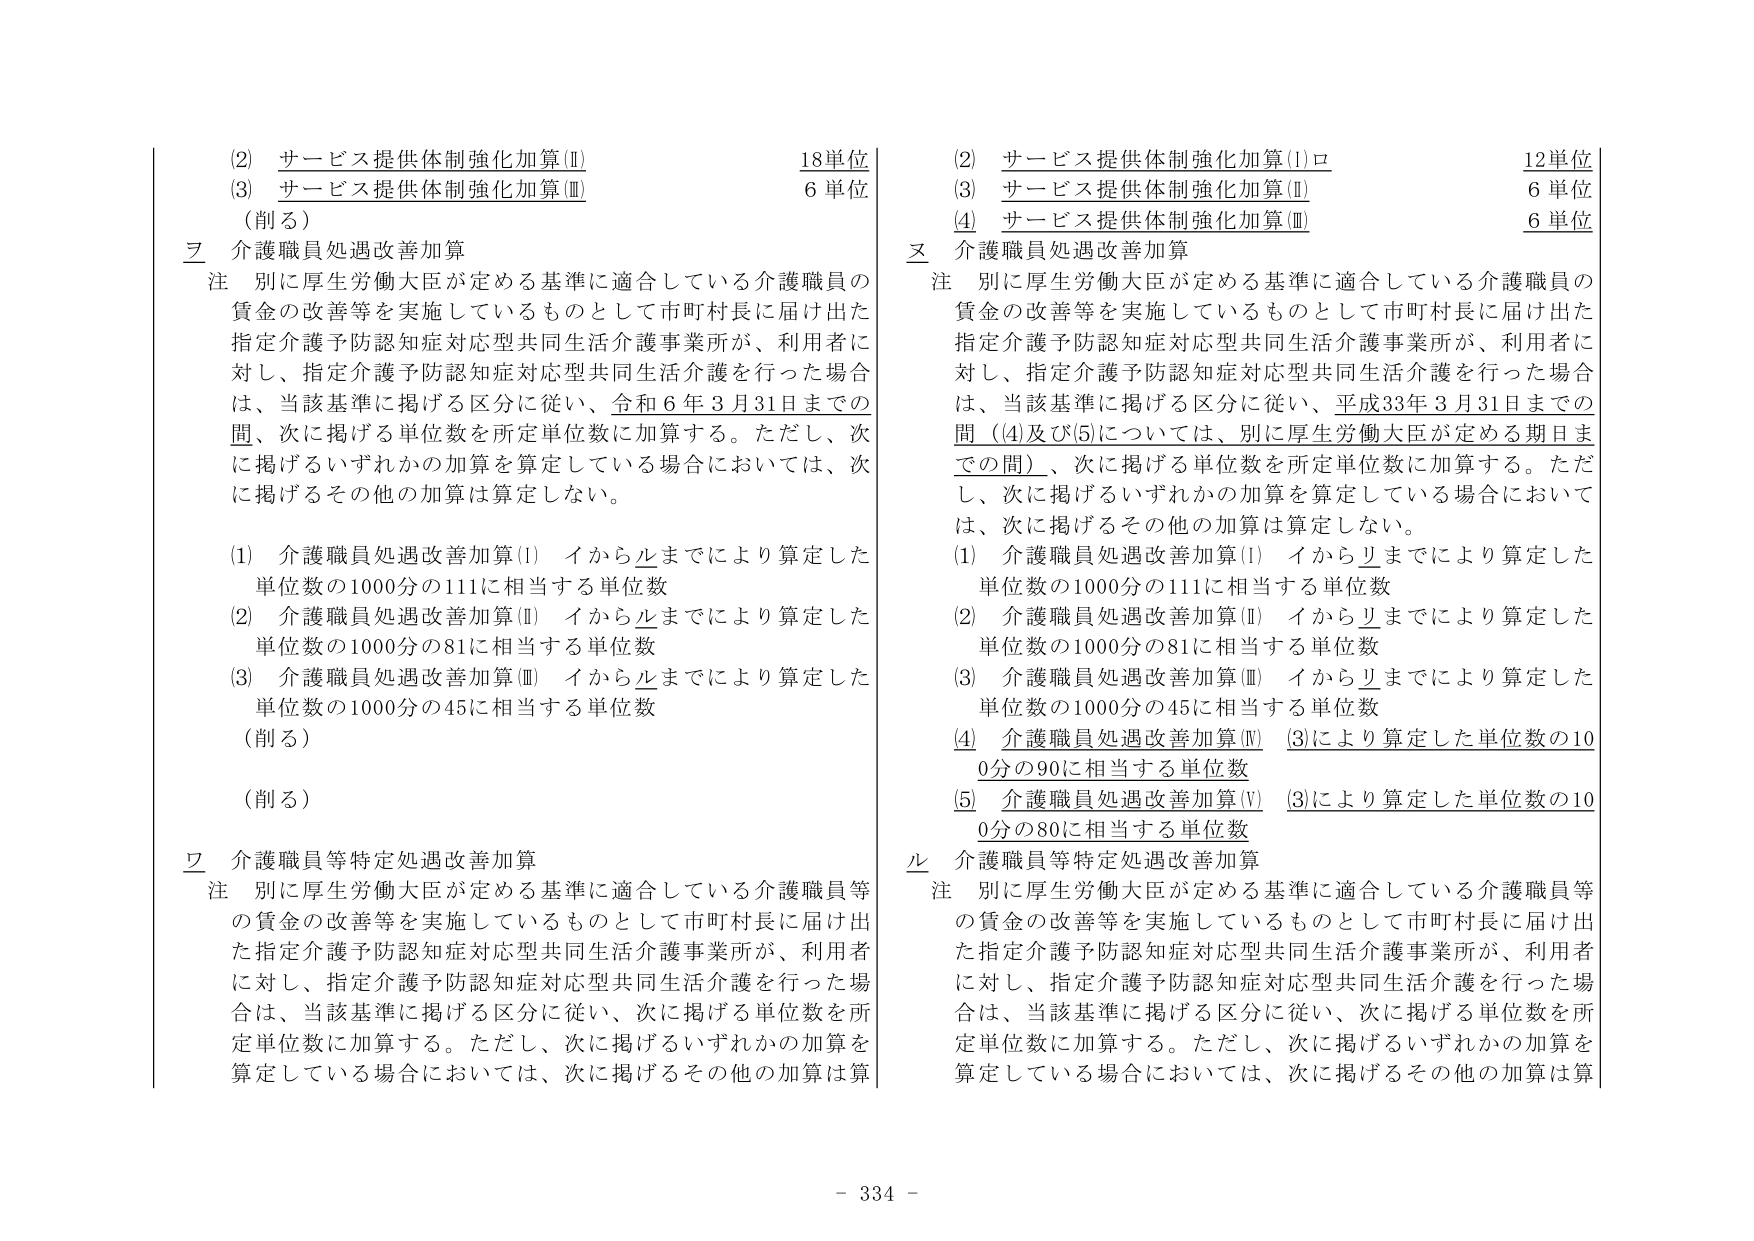
(2) サービス提供体制強化加算(Ⅰ) 18単位
(3) サービス提供体制強化加算(Ⅱ) 6単位
（削る）

乙 介護職員処遇改善加算
注 別に厚生労働大臣が定める基準に適合している介護職員の
賃金の改善等を実施しているものとして市町村長に届け出た
指定介護予防認知症対応型共同生活介護事業所が、利用者に
対し、指定介護予防認知症対応型共同生活介護を行った場合
は、当該基準に掲げる区分に従い、令和6年3月31日までの
間、次に掲げる単位数を所定単位数に加算する。ただし、次
に掲げるいずれかの加算を算定している場合においては、次
に掲げるその他の加算は算定しない。

(1) 介護職員処遇改善加算(Ⅰ) イからルまでにより算定した
単位数の1000分の111に相当する単位数
(2) 介護職員処遇改善加算(Ⅱ) イからルまでにより算定した
単位数の1000分の81に相当する単位数
(3) 介護職員処遇改善加算(Ⅲ) イからルまでにより算定した
単位数の1000分の45に相当する単位数
（削る）
（削る）

ワ 介護職員等特定処遇改善加算
注 別に厚生労働大臣が定める基準に適合している介護職員等
の賃金の改善等を実施しているものとして市町村長に届け出
た指定介護予防認知症対応型共同生活介護事業所が、利用者
に対し、指定介護予防認知症対応型共同生活介護を行った場
合は、当該基準に掲げる区分に従い、次に掲げる単位数を所
定単位数に加算する。ただし、次に掲げるいずれかの加算を
算定している場合においては、次に掲げるその他の加算は算

(2) サービス提供体制強化加算(Ⅰ)ロ 12単位
(3) サービス提供体制強化加算(Ⅱ) 6単位
(4) サービス提供体制強化加算(Ⅲ) 6単位

乙 介護職員処遇改善加算
注 別に厚生労働大臣が定める基準に適合している介護職員の
賃金の改善等を実施しているものとして市町村長に届け出た
指定介護予防認知症対応型共同生活介護事業所が、利用者に
対し、指定介護予防認知症対応型共同生活介護を行った場合
は、当該基準に掲げる区分に従い、平成33年3月31日までの
間（(4)及び(5)については、別に厚生労働大臣が定める期日ま
での間）、次に掲げる単位数を所定単位数に加算する。ただ
し、次に掲げるいずれかの加算を算定している場合において
は、次に掲げるその他の加算は算定しない。

(1) 介護職員処遇改善加算(Ⅰ) イからリまでにより算定した
単位数の1000分の111に相当する単位数
(2) 介護職員処遇改善加算(Ⅱ) イからリまでにより算定した
単位数の1000分の81に相当する単位数
(3) 介護職員処遇改善加算(Ⅲ) イからリまでにより算定した
単位数の1000分の45に相当する単位数
(4) 介護職員処遇改善加算(Ⅳ) (3)により算定した単位数の10
0分の90に相当する単位数
(5) 介護職員処遇改善加算(Ⅴ) (3)により算定した単位数の10
0分の80に相当する単位数

ル 介護職員等特定処遇改善加算
注 別に厚生労働大臣が定める基準に適合している介護職員等
の賃金の改善等を実施しているものとして市町村長に届け出
た指定介護予防認知症対応型共同生活介護事業所が、利用者
に対し、指定介護予防認知症対応型共同生活介護を行った場
合は、当該基準に掲げる区分に従い、次に掲げる単位数を所
定単位数に加算する。ただし、次に掲げるいずれかの加算を
算定している場合においては、次に掲げるその他の加算は算

- 334 -